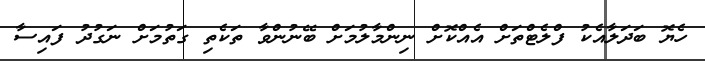
ހެޔޮ ބަދަލާއެކު ފްލެޓްތަށް އެއްކޮށް ނިންމާލުމަށް ބޭނުންވާ ތަކެތި ގަތުމަށް ނަގުދު ފައިސާ